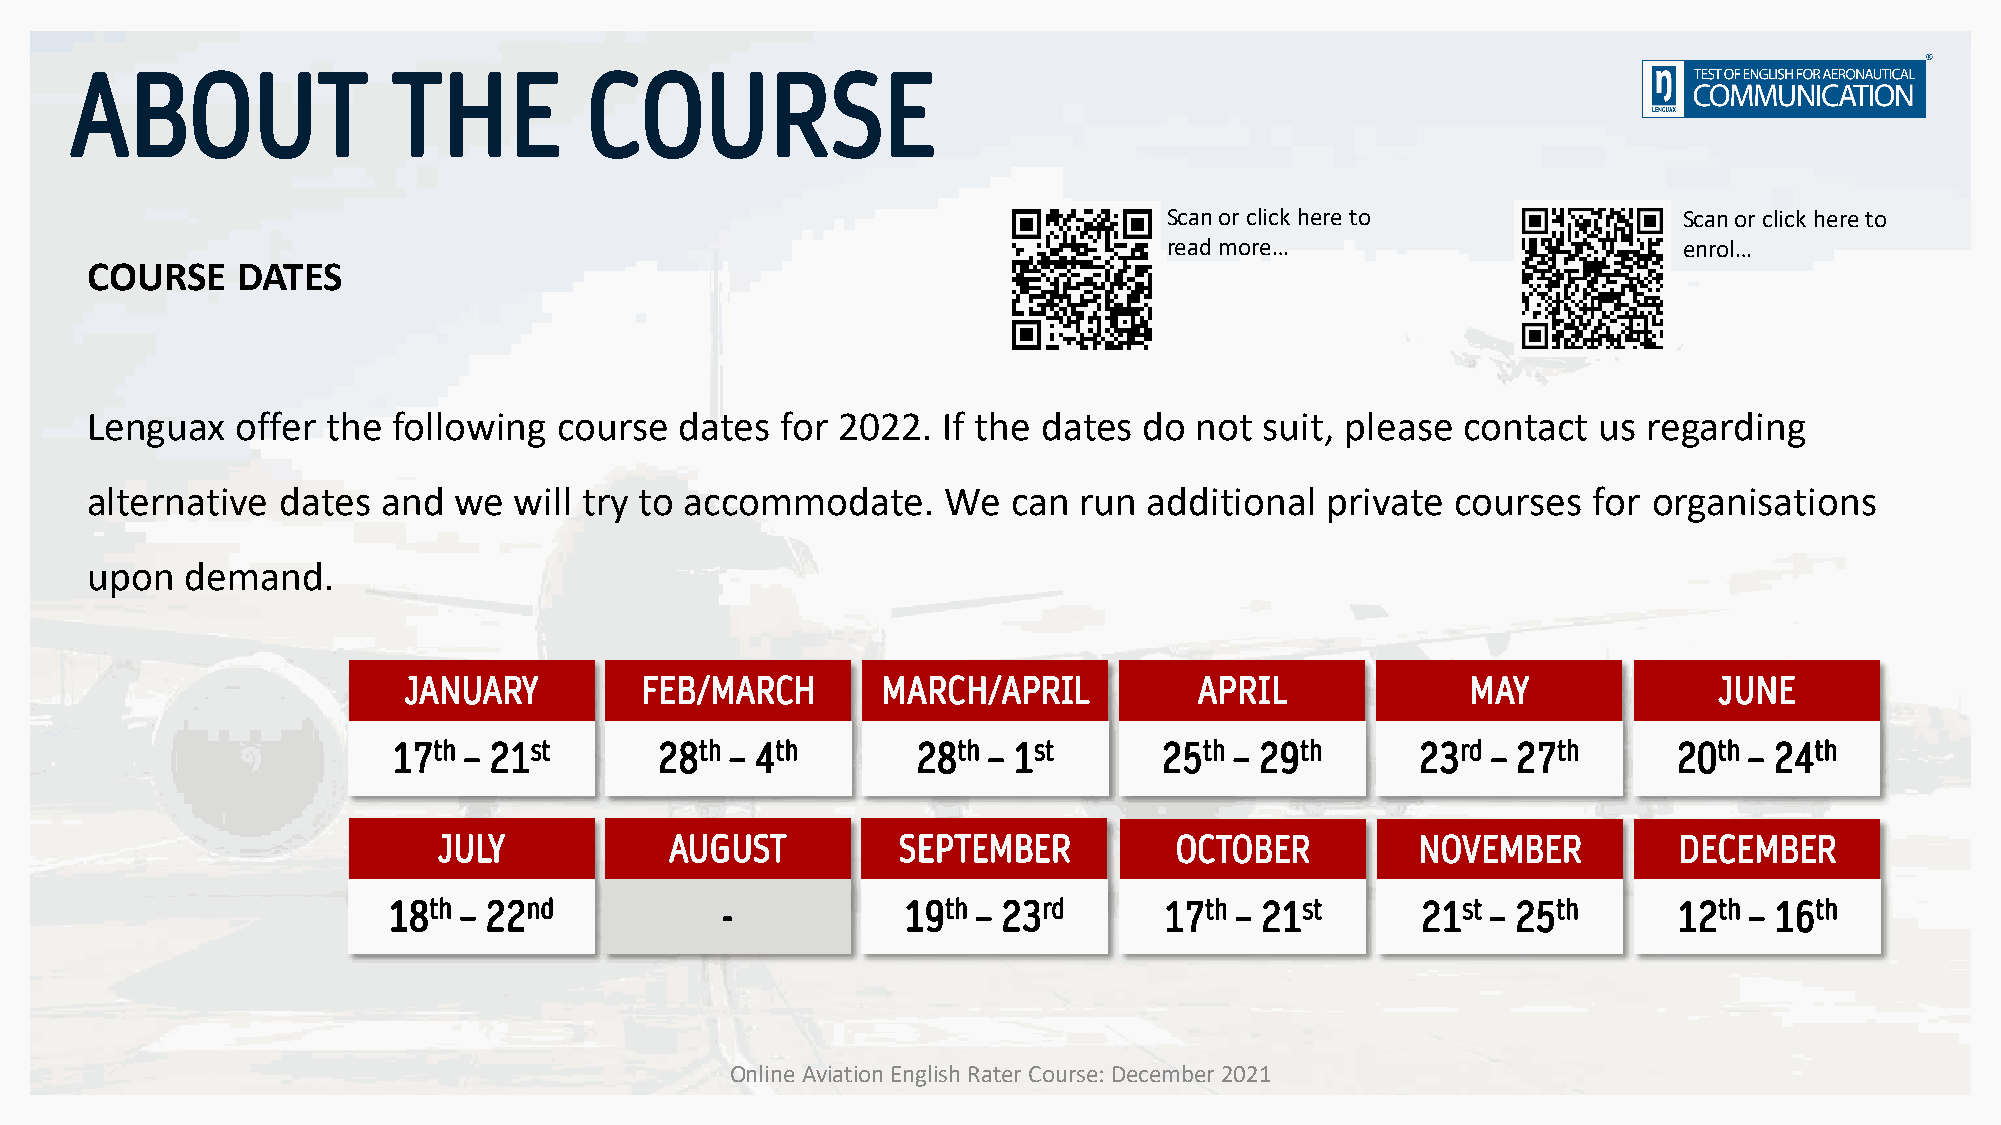
ABOUT                THE          COURSE
 Scan or click here to             Scan or click here to
 read more…                        enrol…
 COURSE    DATES
 Lenguax   offer the following  course  dates  for 2022. If the dates  do not  suit, please contact  us regarding
 alternative  dates and  we  will try to accommodate.     We  can run  additional  private courses  for organisations
 upon  demand.
 JANUARY        FEB/MARCH       MARCH/APRIL          APRIL             MAY              JUNE
 17th – 21st       28th – 4th       28th – 1st      25th – 29th      23rd – 27th      20th – 24th
 JULY           AUGUST         SEPTEMBER          OCTOBER         NOVEMBER         DECEMBER
 18th – 22nd           -           19th – 23rd      17th – 21st      21st – 25th      12th – 16th
 Online Aviation English Rater Course: December 2021